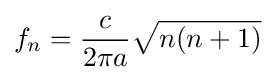
f_{n}={\frac {c}{2\pi a}}{\sqrt {n(n+1)}}